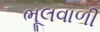
ભૂલવાળી